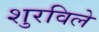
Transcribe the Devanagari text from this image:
शुरविले